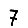
Digit: 7